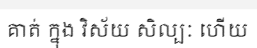
គាត់ ក្នុង វិស័យ សិល្បៈ ហើយ